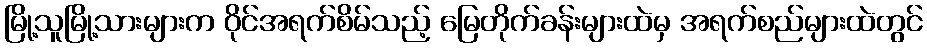
မြို့သူမြို့သားများက ဝိုင်အရက်စိမ်သည့် မြေတိုက်ခန်းများထဲမှ အရက်စည်များထဲတွင်